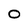
Character: O